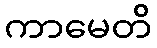
ကာမေတိ